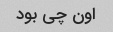
اون چی بود